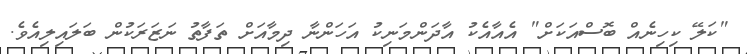
"ކަލޭ ކިހިނެއް ބޮސްއަކަށް" އެއާއެކު އާދަންމަނިކު އަހަންނާ ދިމާއަށް ތަފާތު ނަޒަރަކުން ބަލައިލިއެވެ.